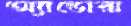
অ্যান্ডোরা